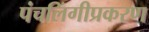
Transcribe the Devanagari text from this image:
पंचलिंगीप्रकरण